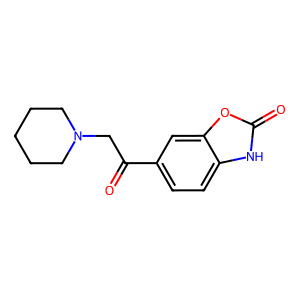
SMILES: O=C(CN1CCCCC1)c1ccc2[nH]c(=O)oc2c1
Inhibits HIV replication: No